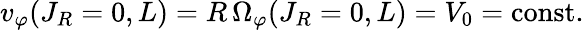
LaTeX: v_{\varphi}(J_{R}=0,L)=R\, \Omega_{\varphi}(J_{R}=0,L)=V_{0}=\mathrm{const}.